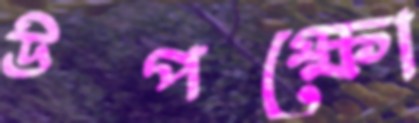
উপক্ষো